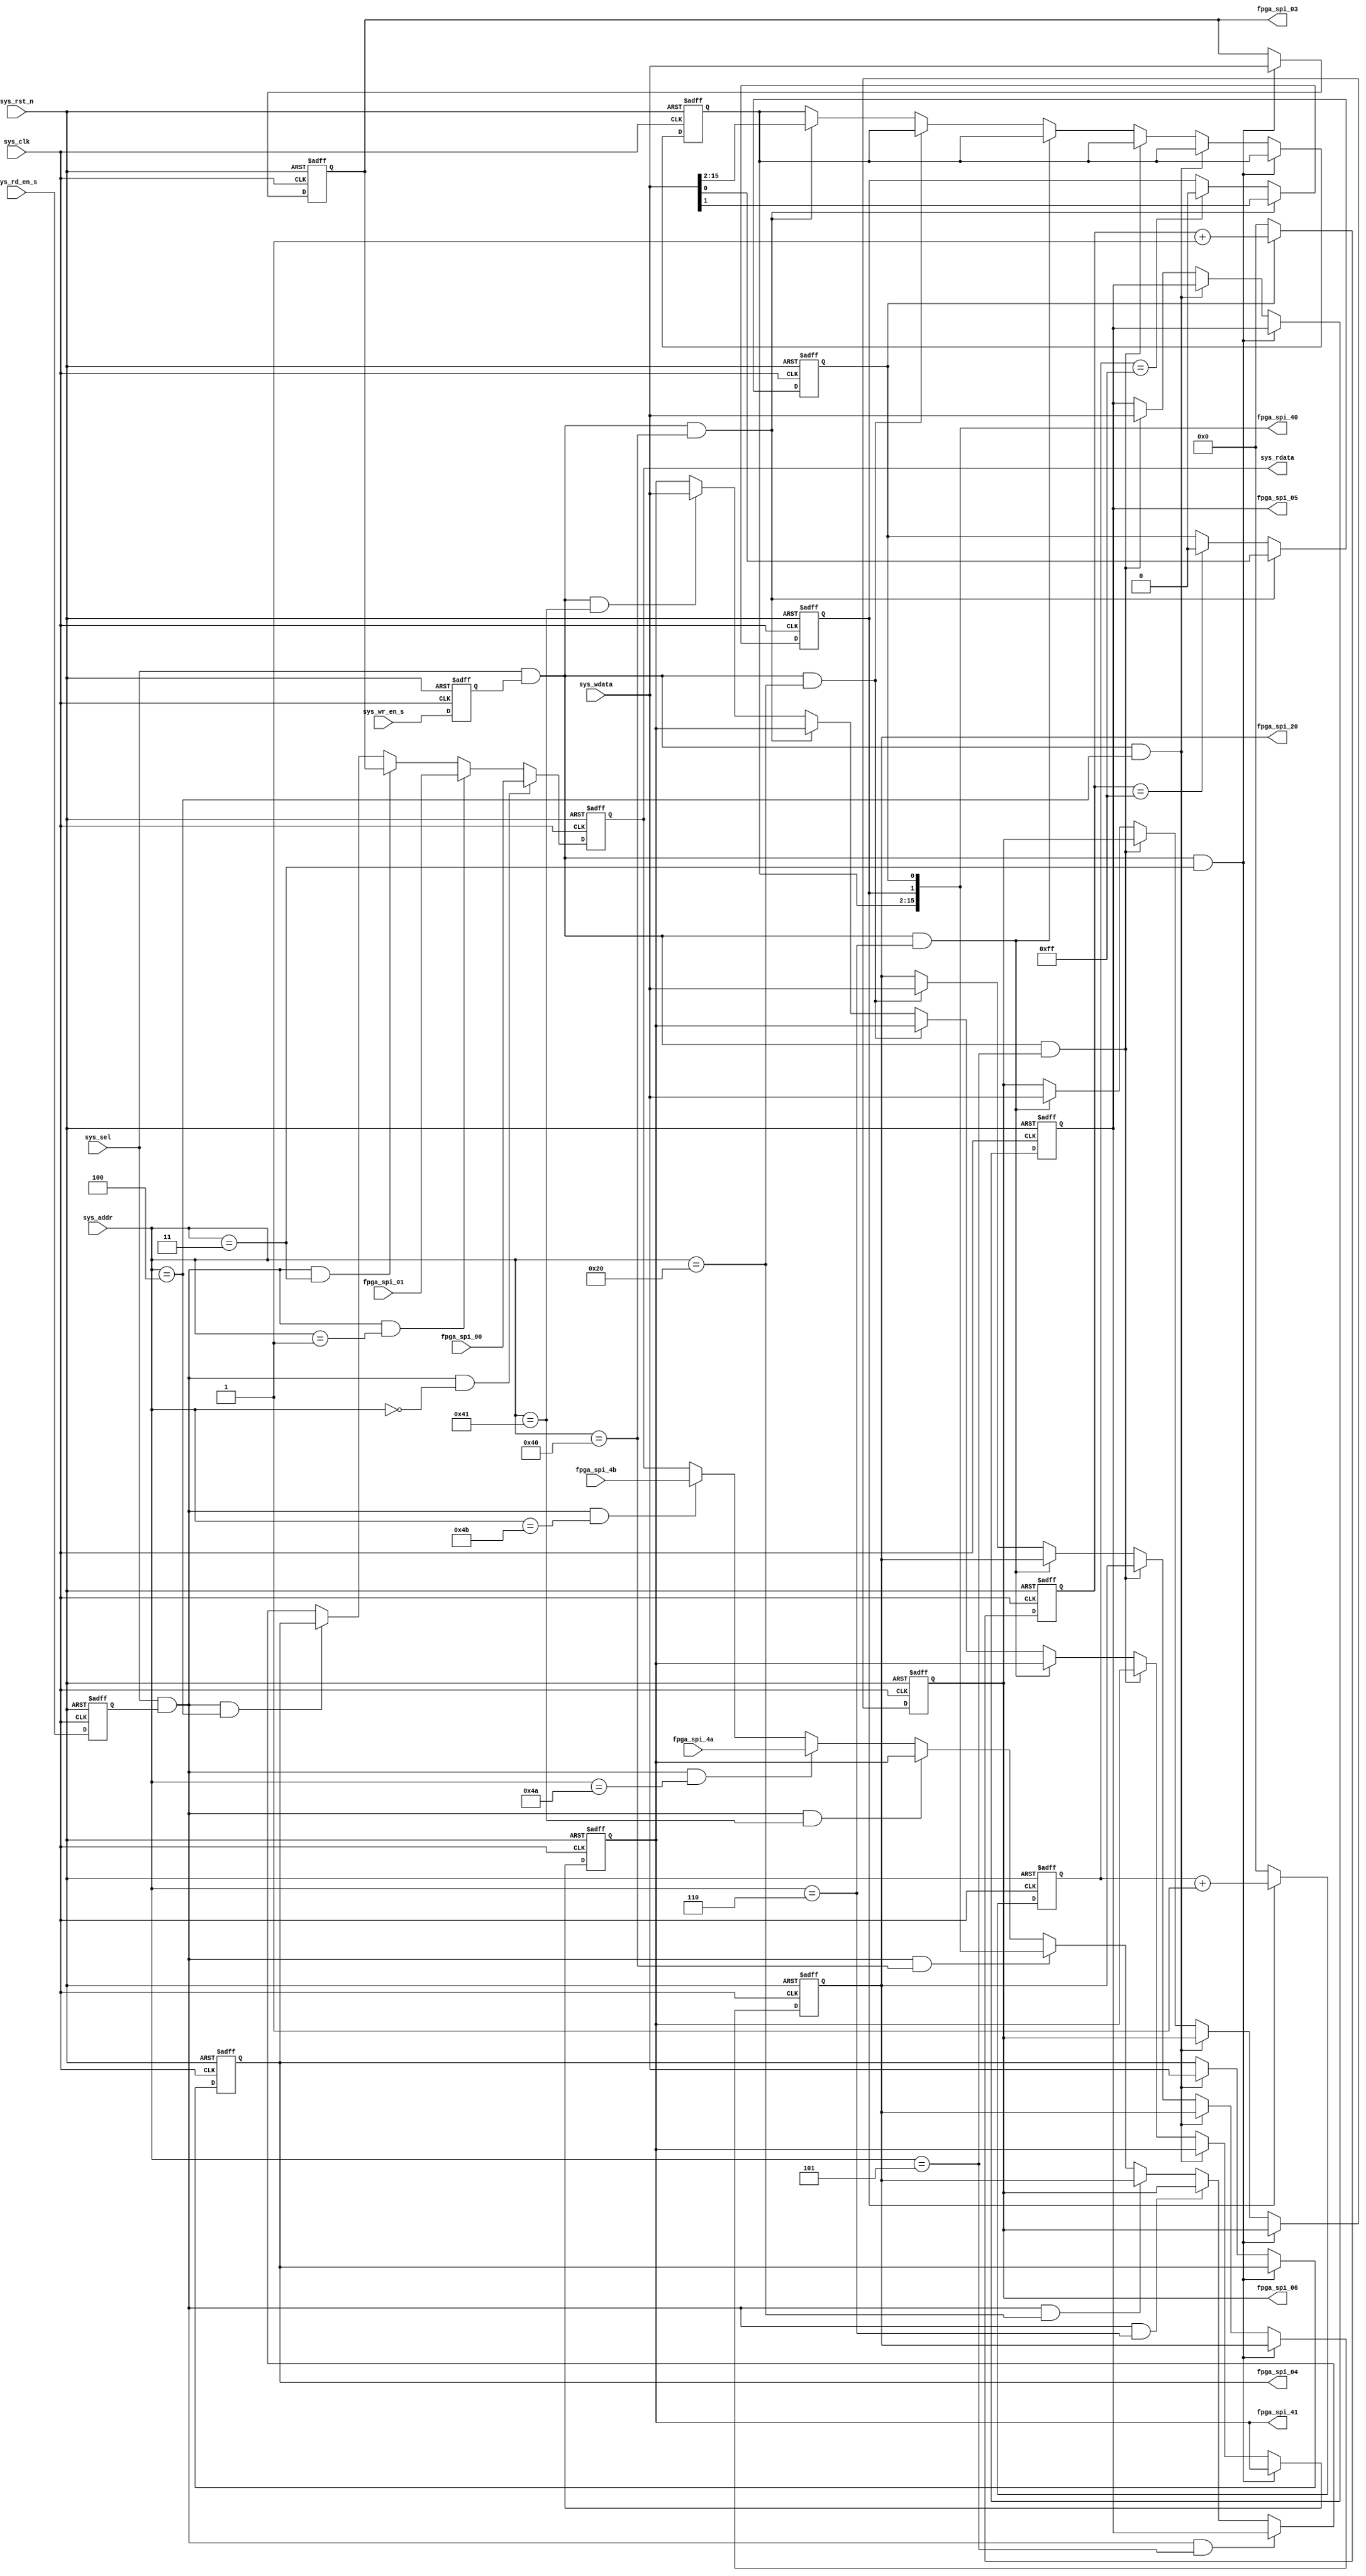
//////////////////////////////////////////////////////////////////////////////////
// Company: 		Analog Devices, Inc.
// 
// Design Name: 
// Module Name:   
// Project Name:	
// Target Devices: 
// Tool versions: 13.3
// Description: 	
//					
// Dependencies: 
//
// Revision 0.01 - File Created
// Revision: 
// Additional Comments: 
//
//////////////////////////////////////////////////////////////////////////////////
module spi_reg_fpga 
  (
   input                      sys_rst_n,
   input                      sys_clk,
   input                      sys_sel,
   input                      sys_wr_en_s,
   input                      sys_rd_en_s,
   input  [7:0]               sys_addr,
   input  [15:0]              sys_wdata,
   output [15:0]              sys_rdata,
   
   output [15:0]              fpga_spi_03,
   output [15:0]              fpga_spi_04,
   output [15:0]              fpga_spi_05,
   output [15:0]              fpga_spi_06,
   output [15:0]              fpga_spi_20,
   output [15:0]              fpga_spi_40,
   output [15:0]              fpga_spi_41,

   input  [15:0]              fpga_spi_00,
   input  [15:0]              fpga_spi_01,
   input  [15:0]              fpga_spi_4a,
   input  [15:0]              fpga_spi_4b

  );

   //==========================================================================
   // Register and wire declarations
   //==========================================================================
   reg                        sys_wr_en;
   reg                        sys_rd_en;
   reg     [7:0]              sc_mrst_cnt;
   reg     [7:0]              sc_srst_cnt;
   reg     [15:0]             sys_rdata_reg;
   reg     [15:0]             fpga_spi_reg_03;
   reg     [15:0]             fpga_spi_reg_04;
   reg     [15:0]             fpga_spi_reg_05;
   reg     [15:0]             fpga_spi_reg_06;
   reg     [15:0]             fpga_spi_reg_20;
   reg     [15:0]             fpga_spi_reg_40;
   reg     [15:0]             fpga_spi_reg_41;

   //==========================================================================
   // Assignments
   //==========================================================================
   assign fpga_spi_03 = fpga_spi_reg_03;
   assign fpga_spi_04 = fpga_spi_reg_04;
   assign fpga_spi_05 = fpga_spi_reg_05;
   assign fpga_spi_06 = fpga_spi_reg_06;
   assign fpga_spi_20 = fpga_spi_reg_20;
   assign fpga_spi_40 = fpga_spi_reg_40;
   assign fpga_spi_41 = fpga_spi_reg_41;

   //==========================================================================
   // Delay write and read enables by 1 clock cycle
   //==========================================================================
   always @(posedge sys_clk, negedge sys_rst_n)
      if(sys_rst_n == 1'b0)
         begin
            sys_wr_en <= 1'b0;
            sys_rd_en <= 1'b0;
         end
      else
         begin
            sys_wr_en <= sys_wr_en_s;
            sys_rd_en <= sys_rd_en_s;
         end

   //==========================================================================
   // Write self-clearing master reset bit
   //==========================================================================
   always @(posedge sys_clk, negedge sys_rst_n)
     if(sys_rst_n == 1'b0)
        begin
           fpga_spi_reg_40[1] <= 16'b0;
        end
      else if((sys_sel == 1'b1) && (sys_wr_en == 1'b1) && (sys_addr == 8'h40))
        begin
           fpga_spi_reg_40[1] <= sys_wdata[1];
        end
      else if(sc_mrst_cnt == 8'hFF)
        begin
           fpga_spi_reg_40[1] <= 1'b0;
        end

   always @(posedge sys_clk, negedge sys_rst_n)
     if(sys_rst_n == 1'b0)
        begin
           sc_mrst_cnt <= 8'b0;
        end
      else if(fpga_spi_reg_40[1] == 1'b1)
        begin
           sc_mrst_cnt <= sc_mrst_cnt + 1;
        end
      else if(fpga_spi_reg_40[1] == 1'b0)
        begin
           sc_mrst_cnt <= 8'b0;
        end

   //==========================================================================
   // Write self-clearing SRAM ID reset bit
   //==========================================================================
   always @(posedge sys_clk, negedge sys_rst_n)
     if(sys_rst_n == 1'b0)
        begin
           fpga_spi_reg_40[0] <= 16'b0;
        end
      else if((sys_sel == 1'b1) && (sys_wr_en == 1'b1) && (sys_addr == 8'h40))
        begin
           fpga_spi_reg_40[0] <= sys_wdata[0];
        end
      else if(sc_srst_cnt == 8'hFF)
        begin
           fpga_spi_reg_40[0] <= 1'b0;
        end

   always @(posedge sys_clk, negedge sys_rst_n)
     if(sys_rst_n == 1'b0)
        begin
           sc_srst_cnt <= 8'b0;
        end
      else if(fpga_spi_reg_40[0] == 1'b1)
        begin
           sc_srst_cnt <= sc_srst_cnt + 1;
        end
      else if(fpga_spi_reg_40[0] == 1'b0)
        begin
           sc_srst_cnt <= 8'b0;
        end
     
   //==========================================================================
   // Write data
   //==========================================================================
   always @(posedge sys_clk, negedge sys_rst_n)
     if(sys_rst_n == 1'b0)
        begin
           fpga_spi_reg_03       <= 16'b0;
           fpga_spi_reg_04       <= 16'b0;
           fpga_spi_reg_05       <= 16'b0;
           fpga_spi_reg_06       <= 16'b0;
           fpga_spi_reg_20       <= 16'b0;
           fpga_spi_reg_40[15:2] <= 14'b0;
           fpga_spi_reg_41       <= 16'b0;
        end
      else if((sys_sel == 1'b1) && (sys_wr_en == 1'b1) && (sys_addr == 8'h03))
        begin
           fpga_spi_reg_03 <= sys_wdata;
        end
      else if((sys_sel == 1'b1) && (sys_wr_en == 1'b1) && (sys_addr == 8'h04))
        begin
           fpga_spi_reg_04 <= sys_wdata;
        end
      else if((sys_sel == 1'b1) && (sys_wr_en == 1'b1) && (sys_addr == 8'h05))
        begin
           fpga_spi_reg_05 <= sys_wdata;
        end
      else if((sys_sel == 1'b1) && (sys_wr_en == 1'b1) && (sys_addr == 8'h06))
        begin
           fpga_spi_reg_06 <= sys_wdata;
        end
      else if((sys_sel == 1'b1) && (sys_wr_en == 1'b1) && (sys_addr == 8'h20))
        begin
           fpga_spi_reg_20 <= sys_wdata;
        end
      else if((sys_sel == 1'b1) && (sys_wr_en == 1'b1) && (sys_addr == 8'h40))
        begin
           fpga_spi_reg_40[15:2] <= sys_wdata[15:2];
        end
      else if((sys_sel == 1'b1) && (sys_wr_en == 1'b1) && (sys_addr == 8'h41))
        begin
           fpga_spi_reg_41 <= sys_wdata;
        end

   //==========================================================================
   // Read data
   //==========================================================================
   always @(posedge sys_clk, negedge sys_rst_n)
     if(sys_rst_n == 1'b0)
        begin
           sys_rdata_reg <= 16'b0;
        end
      else if((sys_sel == 1'b1) && (sys_rd_en == 1'b1) && (sys_addr == 8'h00))
        begin
           sys_rdata_reg <= fpga_spi_00;
        end
      else if((sys_sel == 1'b1) && (sys_rd_en == 1'b1) && (sys_addr == 8'h01))
        begin
           sys_rdata_reg <= fpga_spi_01;
        end
      else if((sys_sel == 1'b1) && (sys_rd_en == 1'b1) && (sys_addr == 8'h03))
        begin
           sys_rdata_reg <= fpga_spi_reg_03;
        end
      else if((sys_sel == 1'b1) && (sys_rd_en == 1'b1) && (sys_addr == 8'h04))
        begin
           sys_rdata_reg <= fpga_spi_reg_04;
        end
      else if((sys_sel == 1'b1) && (sys_rd_en == 1'b1) && (sys_addr == 8'h05))
        begin
           sys_rdata_reg <= fpga_spi_reg_05;
        end
      else if((sys_sel == 1'b1) && (sys_rd_en == 1'b1) && (sys_addr == 8'h06))
        begin
           sys_rdata_reg <= fpga_spi_reg_06;
        end
      else if((sys_sel == 1'b1) && (sys_rd_en == 1'b1) && (sys_addr == 8'h20))
        begin
           sys_rdata_reg <= fpga_spi_reg_20;
        end
      else if((sys_sel == 1'b1) && (sys_rd_en == 1'b1) && (sys_addr == 8'h40))
        begin
           sys_rdata_reg <= fpga_spi_reg_40;
        end
      else if((sys_sel == 1'b1) && (sys_rd_en == 1'b1) && (sys_addr == 8'h41))
        begin
           sys_rdata_reg <= fpga_spi_reg_41;
        end
      else if((sys_sel == 1'b1) && (sys_rd_en == 1'b1) && (sys_addr == 8'h4A))
        begin
           sys_rdata_reg <= fpga_spi_4a;
        end
      else if((sys_sel == 1'b1) && (sys_rd_en == 1'b1) && (sys_addr == 8'h4B))
        begin
           sys_rdata_reg <= fpga_spi_4b;
        end

   assign sys_rdata = sys_rdata_reg;

endmodule